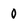
Character: 0